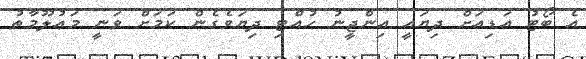
އެ ބޯޓު އަޑިއަށް ދިޔައީ އިންޖީނު ހުއްޓި ދިޔަވެގެން ކަމަށް ވަނީ މަޢުލޫމާތު